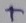
Text: +